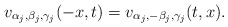
\begin{align*}v_{\alpha_{j}, \beta_{j}, \gamma_{j}}(-x, t) = v_{\alpha_{j}, -\beta_{j}, \gamma_{j}}(t, x).\end{align*}